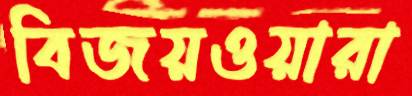
বিজয়ওয়ারা